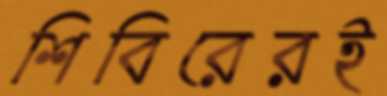
শিবিরেরই